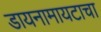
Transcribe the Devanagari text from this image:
डायनामायटाचा